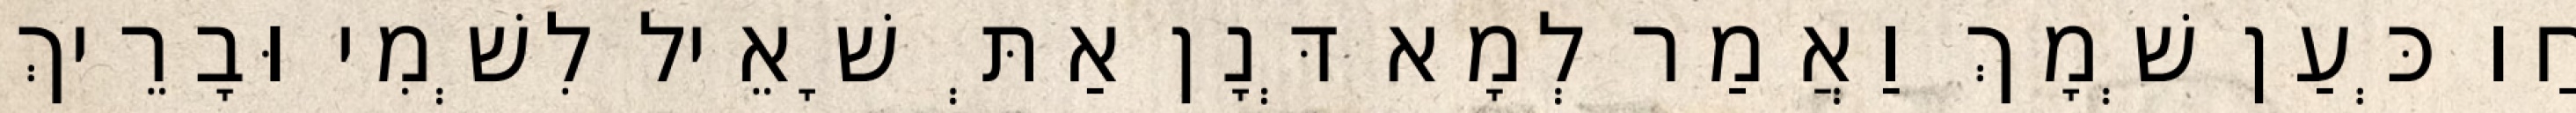
חַו כְּעַן שְׁמָךְ וַאֲמַר לְמָא דְּנָן אַתְּ שָׁאֵיל לִשְׁמִי וּבָרֵיךְ